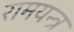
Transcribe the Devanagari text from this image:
रामयन्त्र